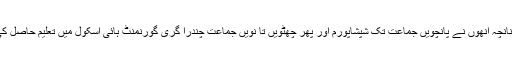
چنانچہ انھوں نے پانچویں جماعت تک شپشاپورم اور پھر چھٹویں تا نویں جماعت چندرا گری گورنمنٹ ہائی اسکول میں تعلیم حاصل کی۔